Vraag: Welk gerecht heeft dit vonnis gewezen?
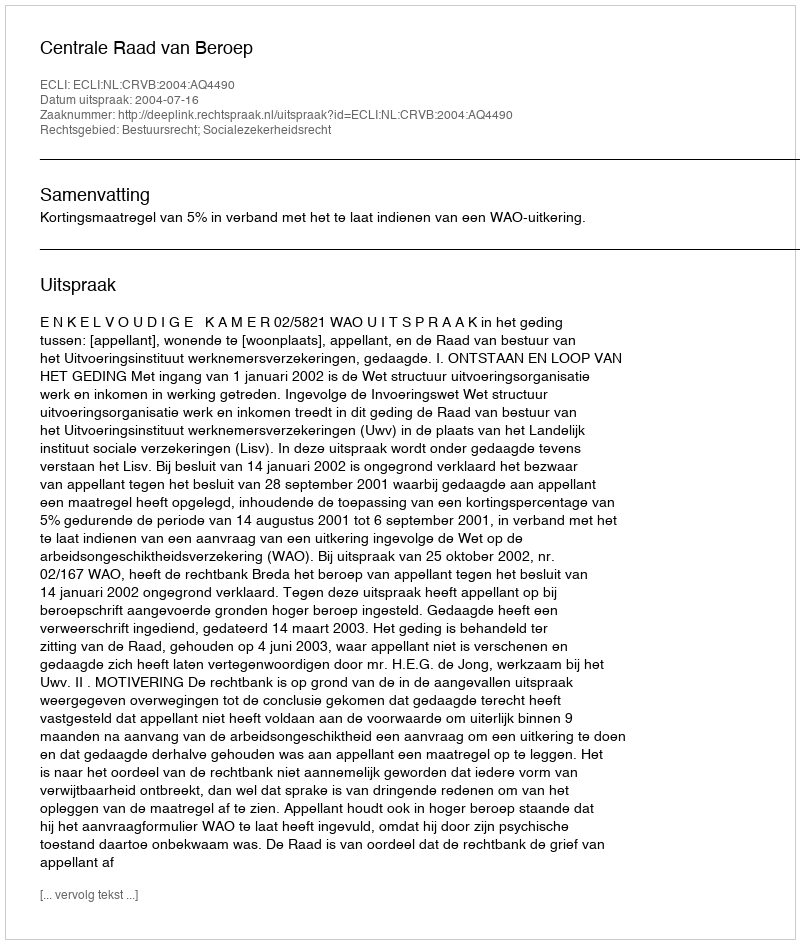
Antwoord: Centrale Raad van Beroep